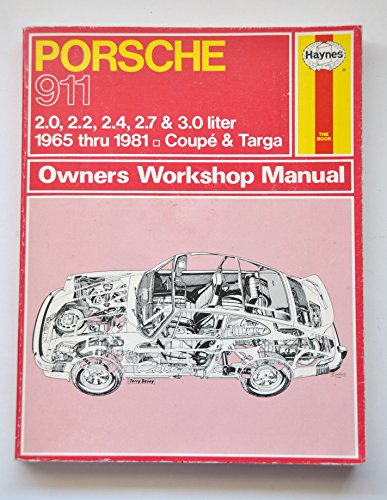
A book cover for Porsche 1981; Haynes; Engineering & Transportation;